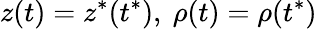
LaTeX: z(t)=z^{*}(t^{*}),\ \rho(t)=\rho(t^{*})